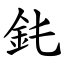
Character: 䤜